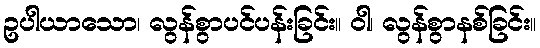
ဥပါယာသော၊ လွန်စွာပင်ပန်းခြင်း။ ဝါ၊ လွန်စွာနစ်ခြင်း။